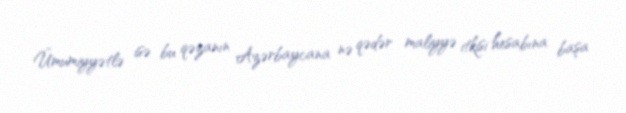
Ümumiyyətlə isə bu qəzanın Azərbaycana nə qədər maliyyə itkisi hesabına başa